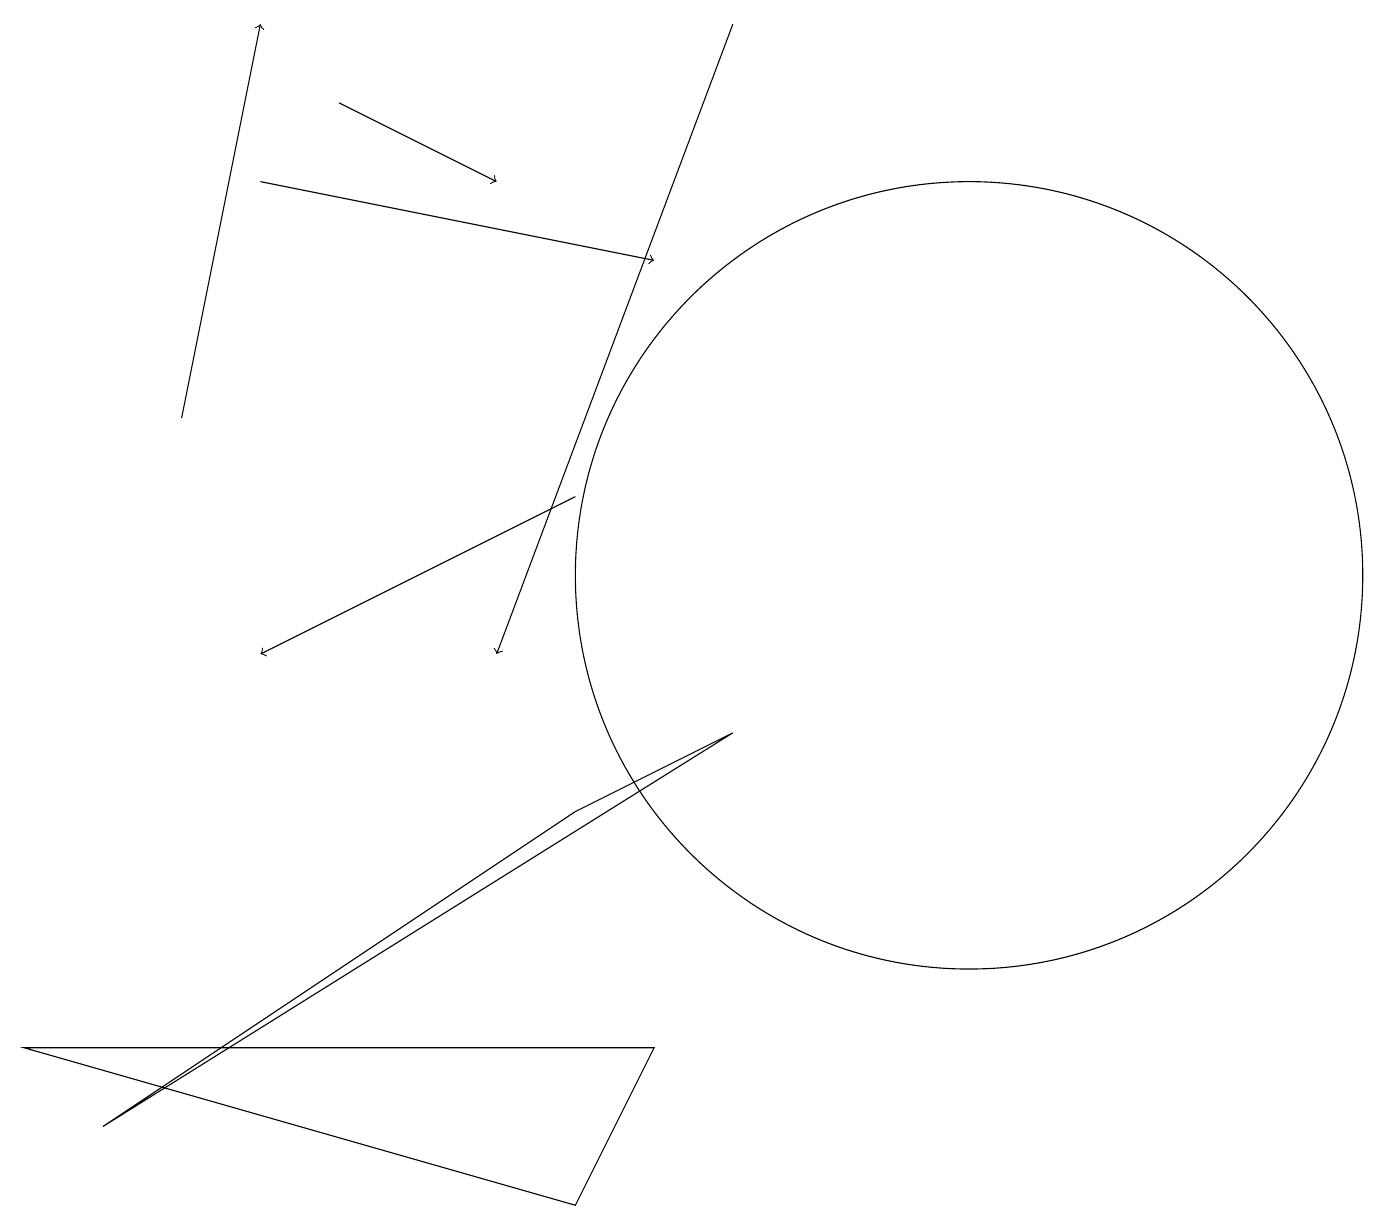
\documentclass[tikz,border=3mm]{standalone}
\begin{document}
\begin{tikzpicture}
\draw (9,9) -- (7,8) -- (1,4) -- cycle;
\draw[->] (7,12) -- (3,10);
\draw (7,3) -- (8,5) -- (0,5) -- cycle;
\draw[->] (2,13) -- (3,18);
\draw[->] (9,18) -- (6,10);
\draw[->] (3,16) -- (8,15);
\draw[->] (4,17) -- (6,16);
\draw (12,11) circle (5);
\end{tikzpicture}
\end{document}